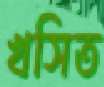
খসিত